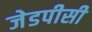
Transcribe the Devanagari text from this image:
जेडपीसी